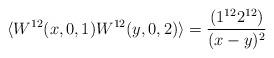
LaTeX: \begin{align*} \langle W^{12}(x,0,1) W^{12}(y,0,2)\rangle = \frac{(1^{12}2^{12})}{ (x-y)^2}\end{align*}